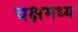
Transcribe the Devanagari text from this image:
वक्षमध्य